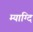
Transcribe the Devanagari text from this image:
म्याग्दि